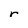
Character: r